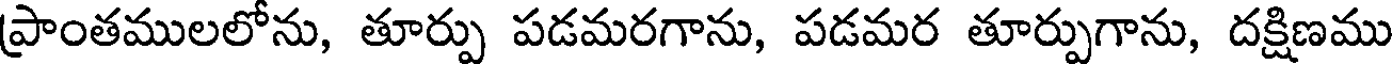
ప్రాంతములలోను, తూర్పు పడమరగాను, పడమర తూర్పుగాను, దక్షిణము